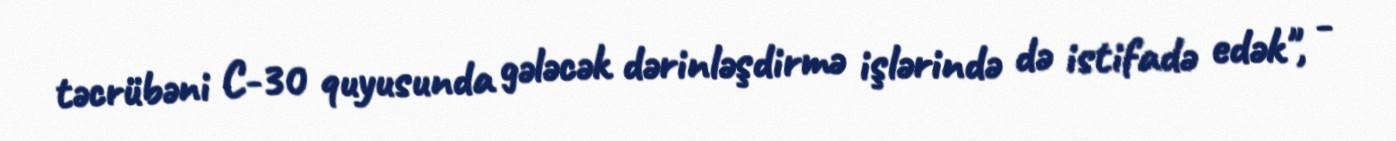
təcrübəni C-30 quyusunda gələcək dərinləşdirmə işlərində də istifadə edək", -